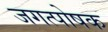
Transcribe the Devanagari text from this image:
जगत्पोषक